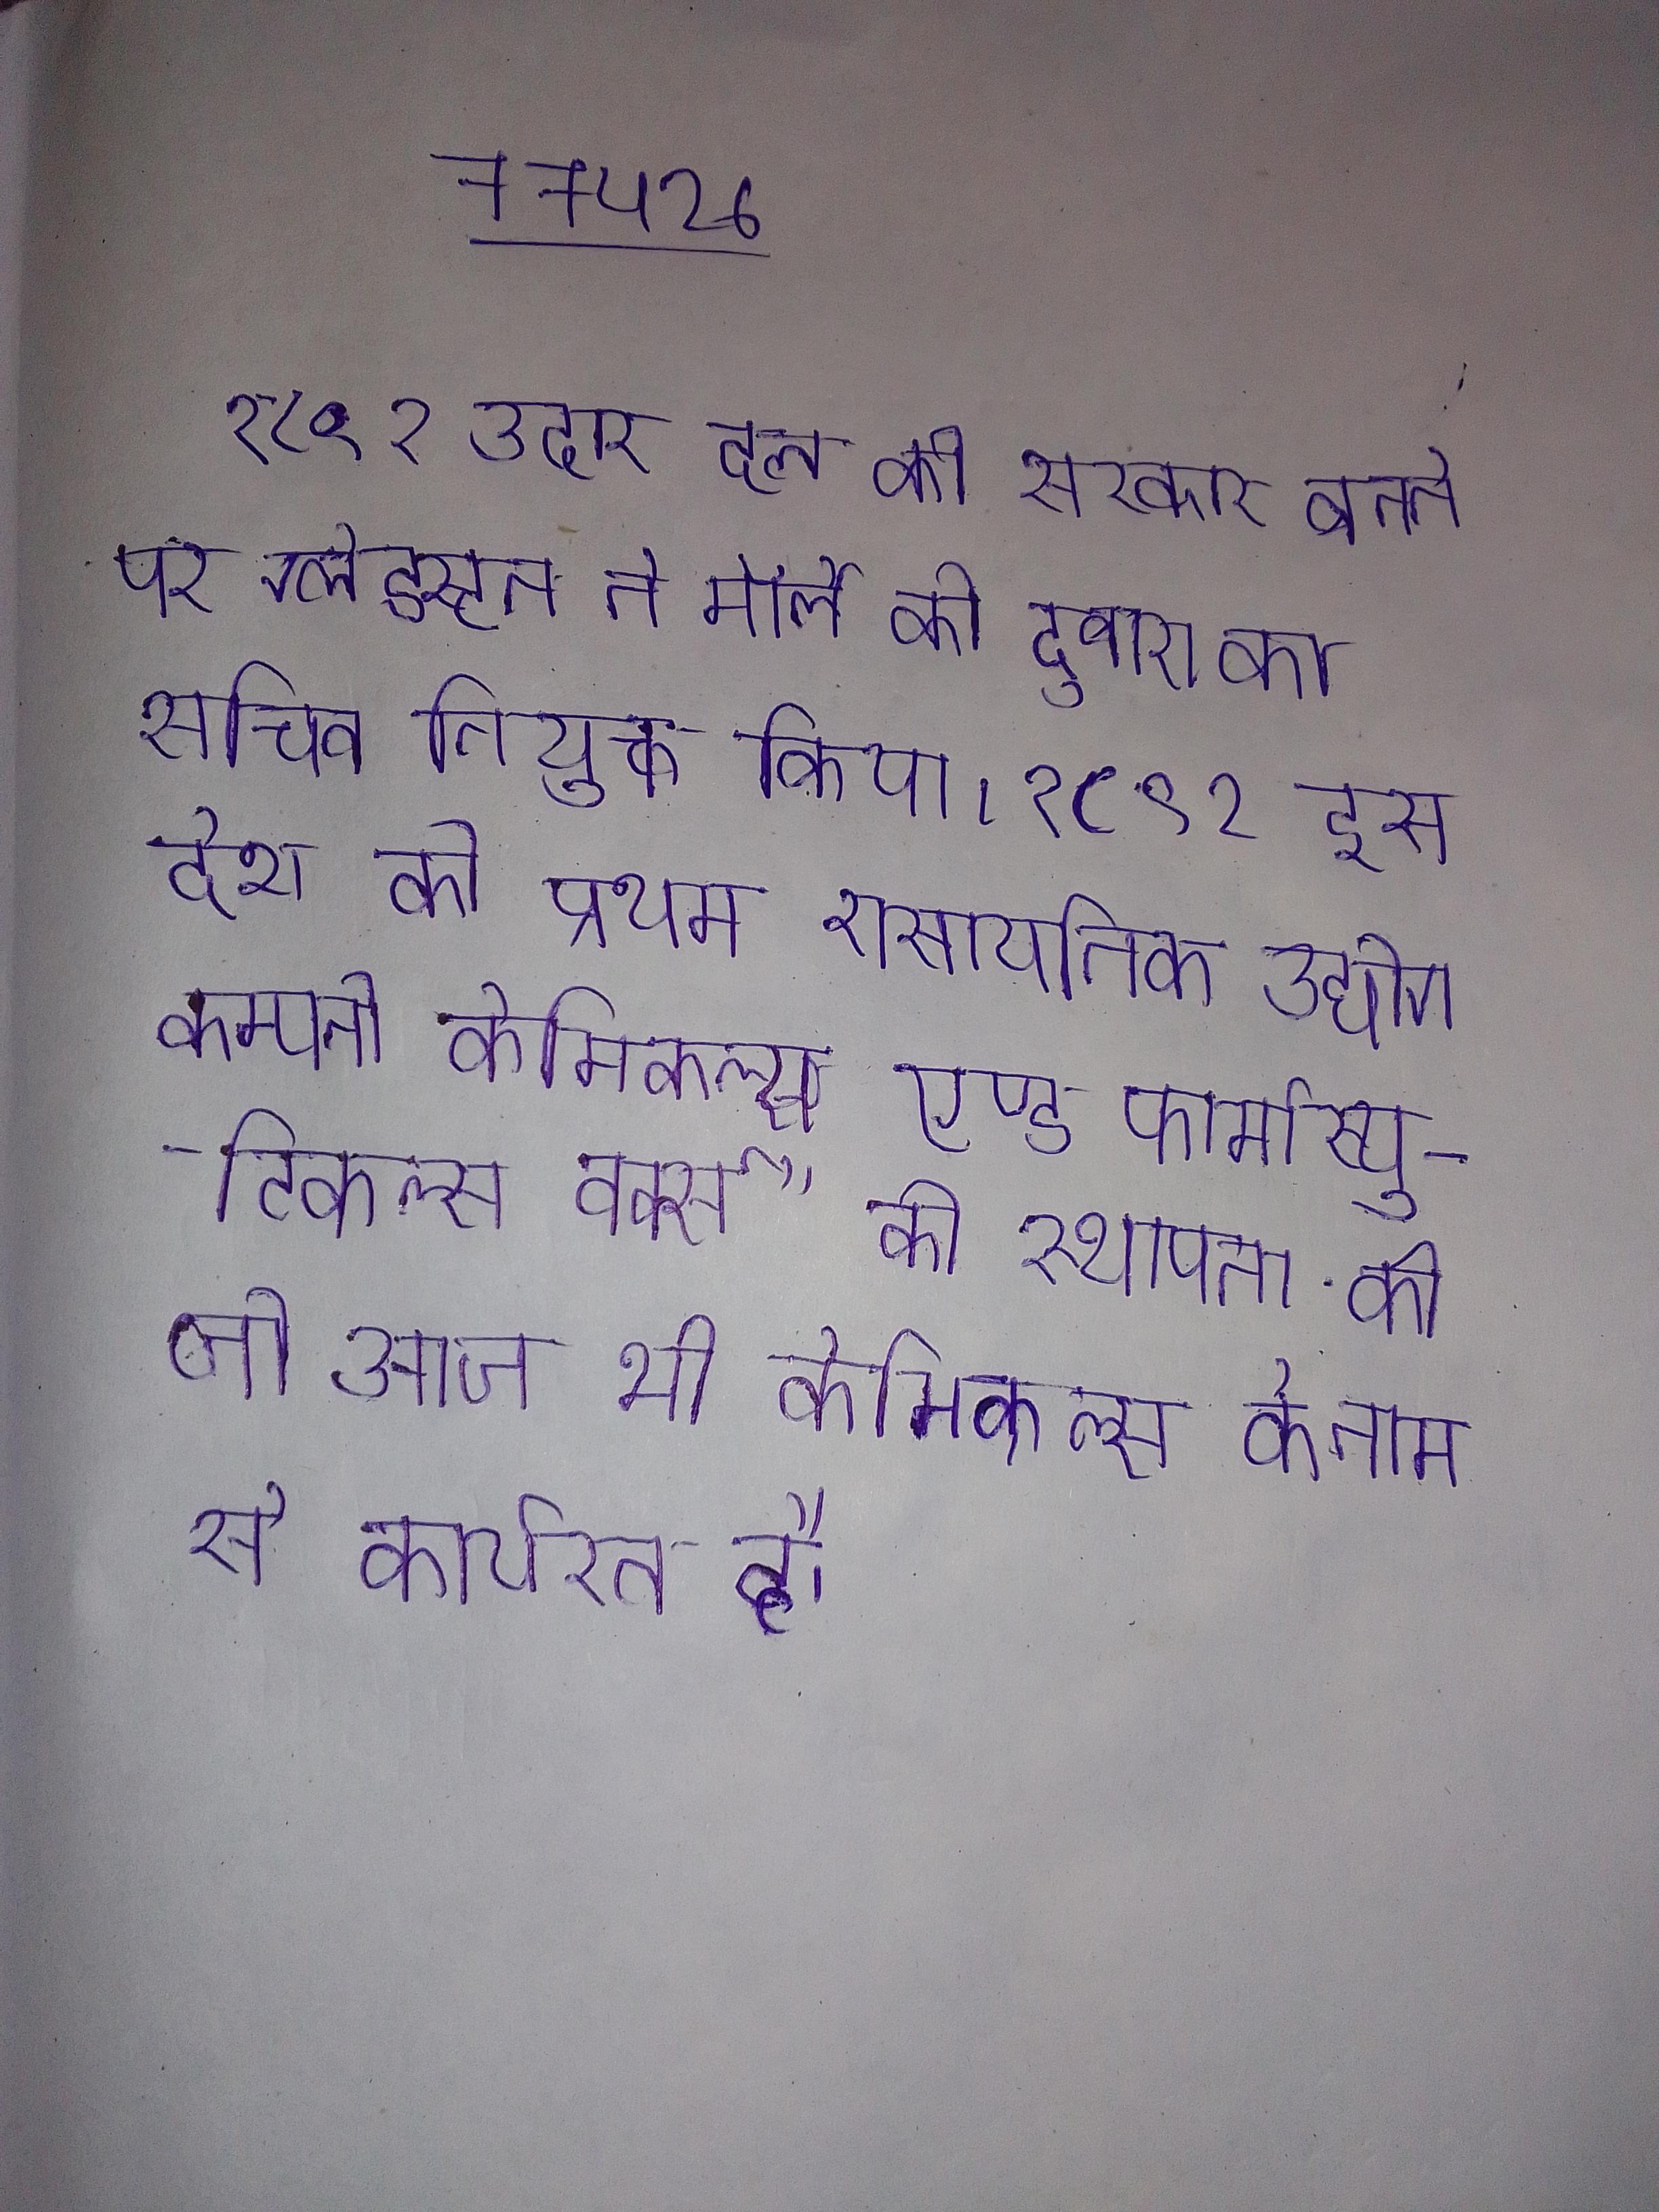
१८९२ उदार दल की सरकार बनने पर ग्लेडस्टन ने मॉर्ले को दुबारा का सचिव नियुक्त किया । १८९२ इस देश की प्रथम रासायनिक उद्योग कम्पनी केमिकल्स एण्ड फार्मास्युटिकल्स वर्क्स" की स्थापना की जो आज भी केमिकल्स के नाम से कार्यरत है ।